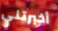
أخبرتني